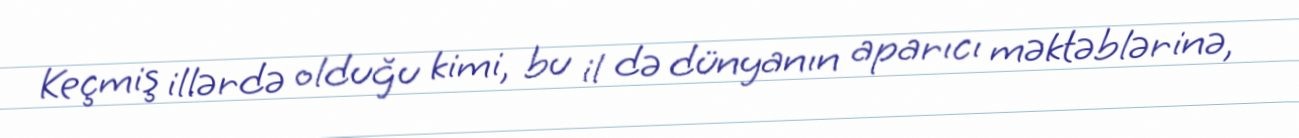
Keçmiş illərdə olduğu kimi, bu il də dünyanın aparıcı məktəblərinə,